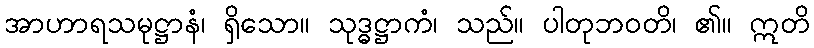
အာဟာရသမုဋ္ဌာနံ၊ ရှိသော။ သုဒ္ဓဋ္ဌာကံ၊ သည်။ ပါတုဘဝတိ၊ ၏။ ဣတိ